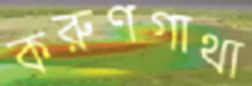
করুণগাথা